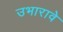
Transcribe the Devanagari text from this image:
उभारावे